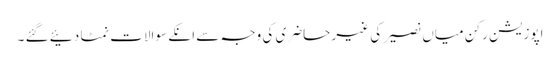
اپوزیشن رکن میاں نصیر کی غیر حاضری کی وجہ سے انکے سوالات نمٹا دئیے گئے ۔